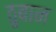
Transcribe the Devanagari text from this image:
ठुबान